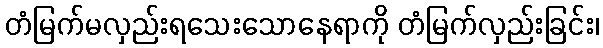
တံမြက်မလှည်းရသေးသောနေရာကို တံမြက်လှည်းခြင်း၊